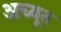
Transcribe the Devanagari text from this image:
अच्यूत